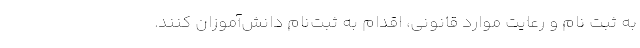
به ثبت نام و رعایت موارد قانونی، اقدام به ثبت‌نام دانش‌آموزان کنند.